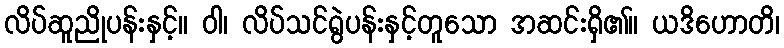
လိပ်ဆူညိုပန်းနှင့်။ ဝါ၊ လိပ်သင်ရွဲပန်းနှင့်တူသော အဆင်းရှိ၏။ ယဒိဟောတိ၊